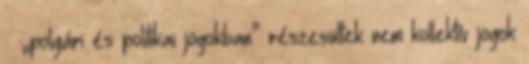
– „polgári és politikai jogokban” részesültek nem kollektív jogok